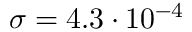
\sigma = 4 . 3 \cdot 1 0 ^ { - 4 }